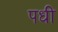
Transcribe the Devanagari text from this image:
पधी